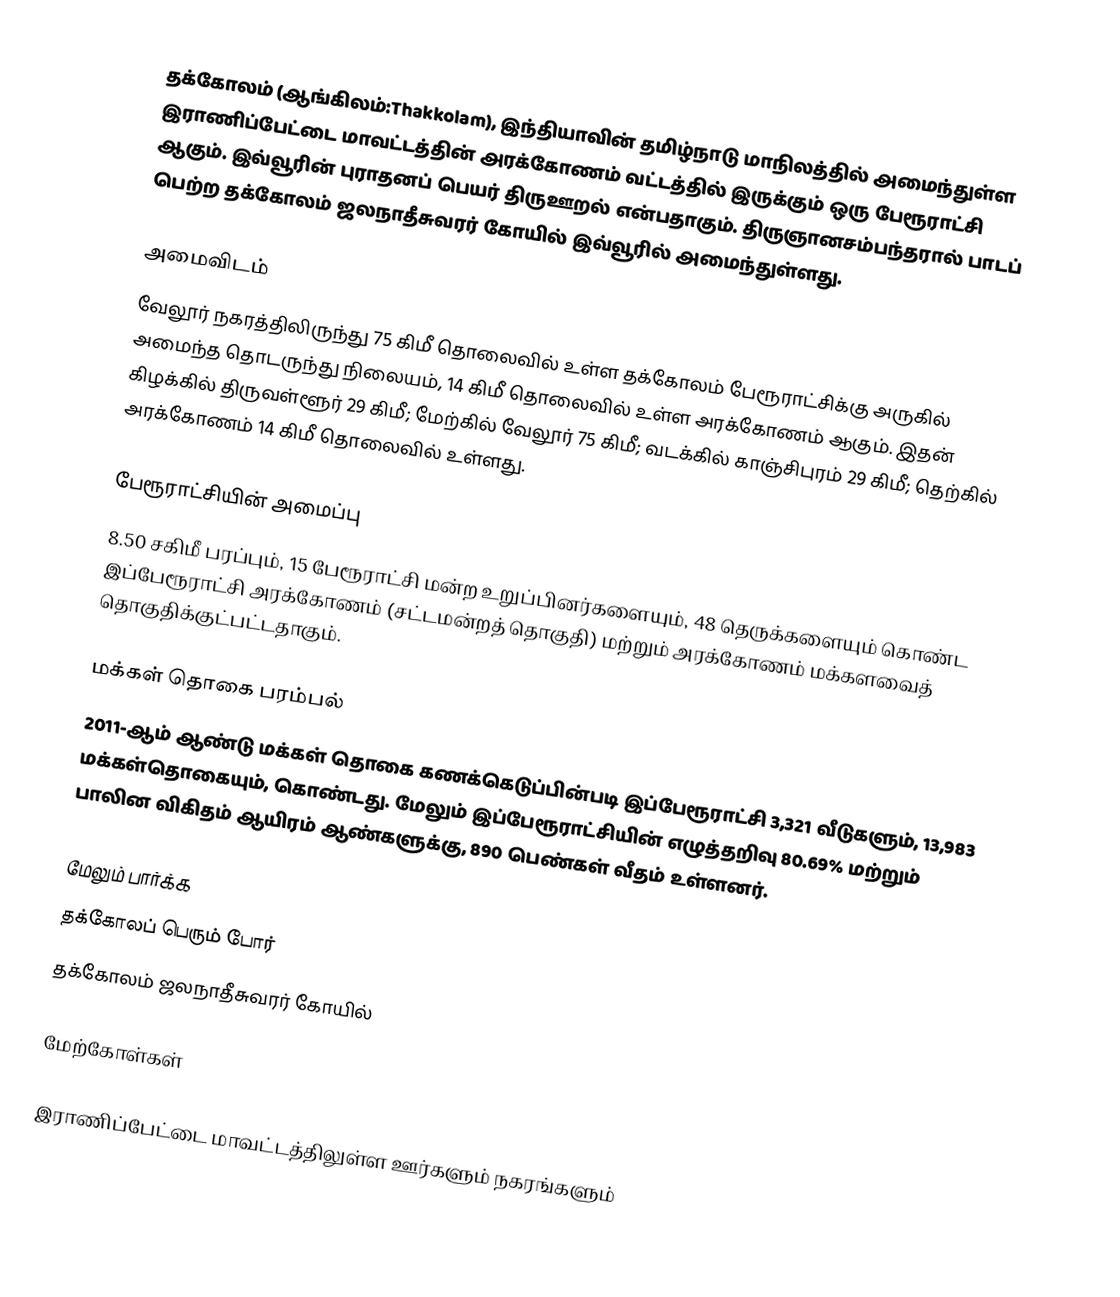
தக்கோலம் (ஆங்கிலம்:Thakkolam), இந்தியாவின் தமிழ்நாடு மாநிலத்தில் அமைந்துள்ள இராணிப்பேட்டை மாவட்டத்தின் அரக்கோணம் வட்டத்தில் இருக்கும் ஒரு பேரூராட்சி ஆகும். இவ்வூரின் புராதனப் பெயர் திருஊறல் என்பதாகும். திருஞானசம்பந்தரால் பாடப் பெற்ற தக்கோலம் ஜலநாதீசுவரர் கோயில் இவ்வூரில் அமைந்துள்ளது.

அமைவிடம்
வேலூர் நகரத்திலிருந்து 75 கிமீ தொலைவில் உள்ள தக்கோலம் பேரூராட்சிக்கு அருகில் அமைந்த தொடருந்து நிலையம், 14 கிமீ தொலைவில் உள்ள அரக்கோணம் ஆகும். இதன் கிழக்கில் திருவள்ளூர் 29 கிமீ; மேற்கில் வேலூர் 75 கிமீ; வடக்கில் காஞ்சிபுரம் 29 கிமீ; தெற்கில் அரக்கோணம் 14 கிமீ தொலைவில் உள்ளது.

பேரூராட்சியின் அமைப்பு
8.50 சகிமீ பரப்பும், 15  பேரூராட்சி மன்ற உறுப்பினர்களையும், 48 தெருக்களையும்  கொண்ட இப்பேரூராட்சி அரக்கோணம்  (சட்டமன்றத் தொகுதி) மற்றும் அரக்கோணம் மக்களவைத் தொகுதிக்குட்பட்டதாகும்.

மக்கள் தொகை பரம்பல்
2011-ஆம் ஆண்டு மக்கள் தொகை கணக்கெடுப்பின்படி இப்பேரூராட்சி  3,321  வீடுகளும், 13,983 மக்கள்தொகையும், கொண்டது. மேலும் இப்பேரூராட்சியின் எழுத்தறிவு   80.69% மற்றும்  பாலின விகிதம்  ஆயிரம் ஆண்களுக்கு, 890 பெண்கள் வீதம் உள்ளனர்.

மேலும் பார்க்க
தக்கோலப் பெரும் போர்
தக்கோலம் ஜலநாதீசுவரர் கோயில்

மேற்கோள்கள்

இராணிப்பேட்டை மாவட்டத்திலுள்ள ஊர்களும் நகரங்களும்